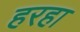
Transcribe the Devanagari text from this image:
हरहा